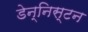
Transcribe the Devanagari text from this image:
डेन्निस्टन